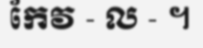
កែវ - ល - ។